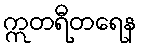
ဣတရီတရေန